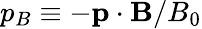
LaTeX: p_{B}\equiv-\mathbf{p}\cdot\mathbf{B}/B_{0}